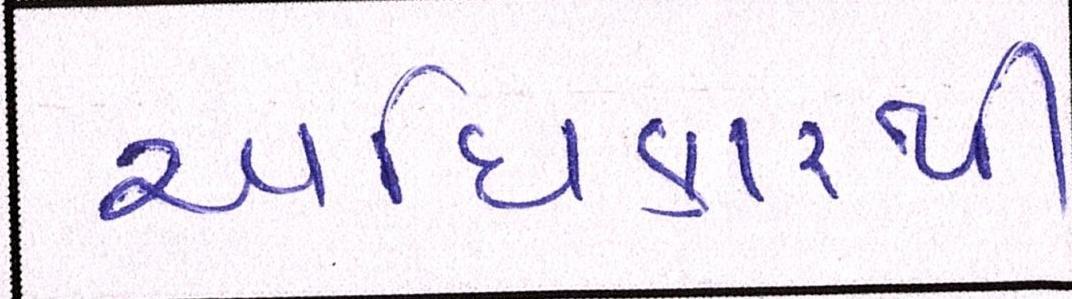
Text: અધિકારથી